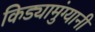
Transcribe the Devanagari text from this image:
किड्यामुंग्यानी